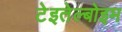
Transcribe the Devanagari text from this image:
टेइतेल्बोइम